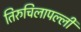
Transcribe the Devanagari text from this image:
तिरुचिलापल्ली